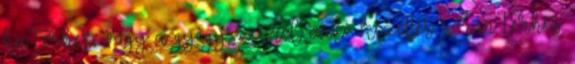
ha terhes, vagy a gyógyszerrel való kezelés során terhes